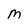
Character: M